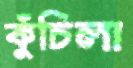
কুঁচিলা